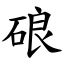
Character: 硠